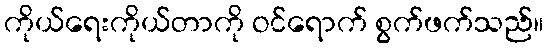
ကိုယ်ရေးကိုယ်တာကို ဝင်ရောက် စွက်ဖက်သည်။